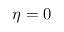
\eta = 0